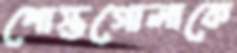
পোস্তগোলাকে